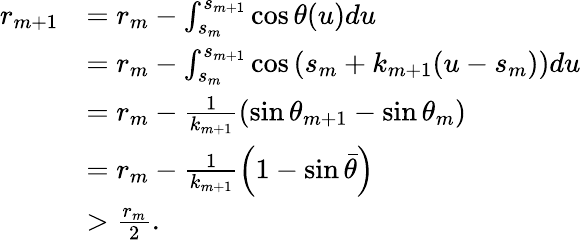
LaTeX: \begin{array}{rl}{r_{m+1}}&{=r_{m}-\int_{s_{m}}^{s_{m+1}}\cos\theta(u)du}\\ &{=r_{m}-\int_{s_{m}}^{s_{m+1}}\cos\left(s_{m}+k_{m+1}(u-s_{m})\right)du}\\ &{=r_{m}-\frac{1}{k_{m+1}}\left(\sin\theta_{m+1}-\sin\theta_{m}\right)}\\ &{=r_{m}-\frac{1}{k_{m+1}}\left(1-\sin\bar{\theta}\right)}\\ &{>\frac{r_{m}}{2}.}\end{array}